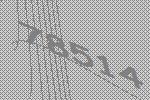
78514